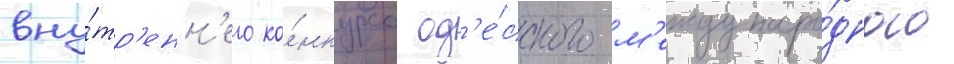
вну́тр'енн'его ко́нкурса од'е́сского м'еждунаро́дного